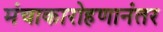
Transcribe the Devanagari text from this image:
मंचाकारोहणानंतर